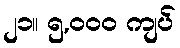
၂၁။ ၅,၀၀၀ ကျပ်